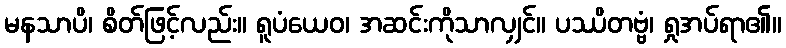
မနသာပိ၊ စိတ်ဖြင့်လည်း။ ရူပံယေဝ၊ အဆင်းကိုသာလျှင်။ ပဿိတဗ္ဗံ၊ ရှုအပ်ရာ၏။